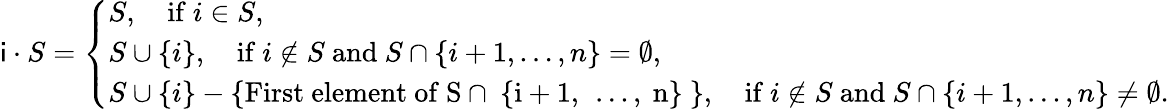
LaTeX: \begin{array}{r}{\mathsf{i}\cdot S=\left\{ \begin{array}{ll}{S,\quad\mathrm{if~}i\in S,}\\ {S\cup\{ i\} ,\quad\mathrm{if~}i\notin S\mathrm{~and~}S\cap\{ i+1,\ldots,n\} =\emptyset,}\\ {S\cup\{ i\} -\left\{ \mathrm{First~element~of~S\cap~\{ i+1,~\ldots,~n\} ~}\right\} ,\quad\mathrm{if~}i\notin S\mathrm{~and~}S\cap\{ i+1,\ldots,n\} \neq\emptyset.}\end{array}\right.}\end{array}